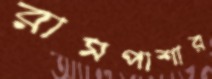
রামপাশার